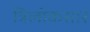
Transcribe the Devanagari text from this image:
त्रिलोकसार